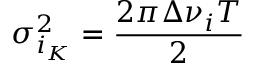
\sigma _ { i _ { K } } ^ { 2 } = \frac { 2 \pi \Delta \nu _ { i } T } { 2 }